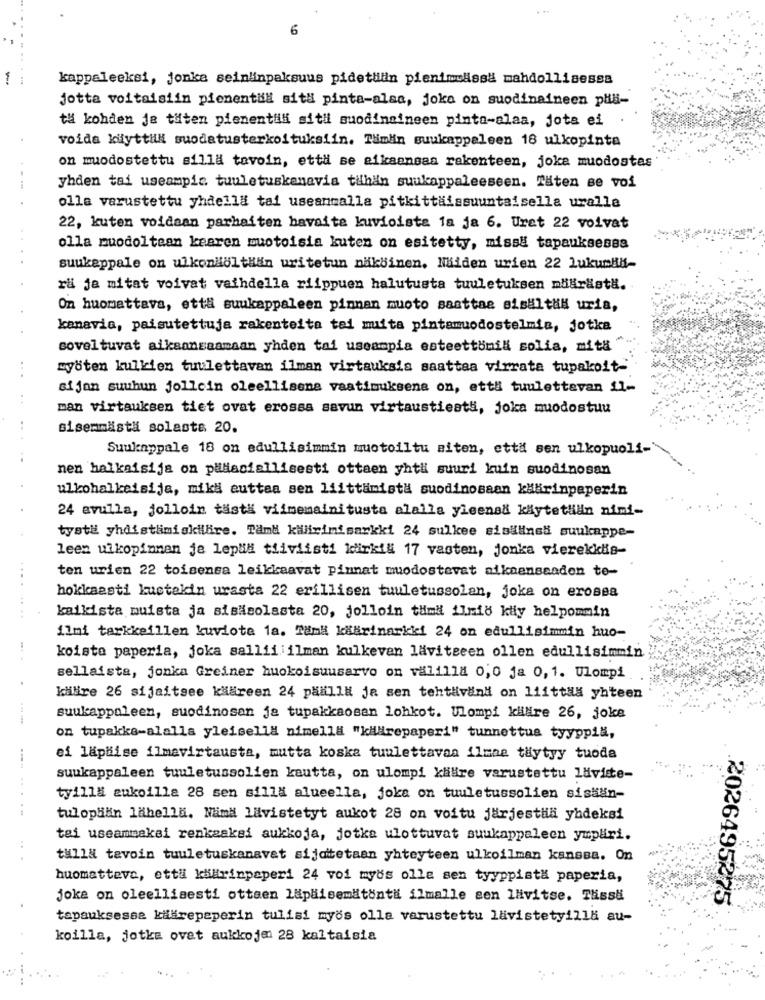
6
kappaleeksi, jonka seinlinpaksuus pidetulin pienimässä mahdollisessa
jotta voitaisiin pienentali situ pinta-alsa, joka on suodinaineen phi-
tä kohden ja tuten pienentilli siti suodinaineen pinto-alaa, jota ei
voida kuyttill suodatusterkoltuksiin. Täimiin suukappaleen 18 ulkopinta
on muodostettu silla tavoin, että se aikaansas rakenteen, joka muodostes
yhden tai useampic tuuletuskemavia tilhän suukappaleeseen. Täten se voi
olla varustettu yhdella tai useanmalla pitkittäissuuntaisella uralle
22, kuten voidaan parhaiten havaite kuvioiste la ja 6. Uret 22 voivat
olla muodoltean kearen muotoisia kuten on esitetty, missä tapauksessa
suukeppale on ulkondolthan uritetun nakbinen, Maiden urien 22 LukumHill-
ra ja mitat voivat vaihdella riippuen halutusta tuuletuksen niärdata.
On huomattava, ett# suukappaleen pinnan muoto sasttae sisaltil uria,
kenavia, paisutettuja rakenteita tel muita pintamuodostelmis, jotka
soveltuvat aiksansaamaan yhden tai useampia esteettonili solia, mith
...
myöten kulkien tuulettavan ilman virtauksis saattaa virrata tupakolt-
si jon suuhun jollein oleellisena vaatimuksena on, ett# tuulettevan 11-
man virtauksen tiet ovat erossa savun virtaustieatt, joka muodostuu
..
sisemmasta solasta 20.
Suuknypale 18 on edullisimmin muotoiltu miten, etta sen ulkopuoli-
nen halkaisija on palaciallisesti ottaen yhti suuri kuin suodinosan
ulkohalkeisija, miks auttea sen liittimista suodinosaan käärinpeperin
24 avulla, jolloin tästä viimemainitusta alalla yicenal käytetlän nimi-
tysta yhdistlimiskilbire. Tamd killirinisarkki 24 sulkee sisäline" suukappe-
leen ulkopinnan ja lepši tiiviisti kirkil 17 vasten, jonka vierekkis-
ten urien 22 toisensa leikkaavat pinnat muodostevat aikaensandon te-
hokkaasti kuctekin urasta 22 erillisen tuuletussolan, joka on erosea
.. ....
kaikista muista ja sisäsolasta 20, jolloin tima ilmio kily helpommin
11mi tarkkeillen kuviote la. Tamä kiärinarkki 24 on edullisimmin huo-
koista paperia, joka sallii ilman kulkeven läviteeen ollen edullisimmin
sellaista, jonka Greiner huokoisuusarvo on valilla 0,0 ja 0,1. Ulompi
kuilire 26 sijaitsee kääreen 24 paille je sen tehtivand on liittia yhteen
suukappoleen, suodinosan ja tupakkaosan lohkot. Ulompi klidire 26, joka
on tupakke-alalla yleisella nimella "kiarepaperi" tunnettua tyyppia,
ei laphise ilmavirtausta, mutta koska tunlettavaa ilmaa tiytyy tuoda
suukappaleen tuuletussolien kautta, on ulompi kaHire varustettu laviste-
tyilla zukoilla 28 sen silla alueella, joka on tuuletussolien sistan-
...
tulophan lahella. Naima lavistetyt aukot 28 on voitu järjestil yadeksi
tai useammakai renkaaksi aukkoja, jotka ulottuvat suukappaleen yupäri.
talla tavoin tuuletuskanavat sijatetaan yhteyteen ulkoilman kanssa. On
huomatteve, että käarinpaperi 24 voi myds olle sen tyyppista paperia,
joke on oleellisesti ottaen lapäisemitonta ilmalle sen llivitse. Thissi
2026495275
tapauksessa kälärepeperin tulisi myös olla varustettu lavistetyilla au-
koilla, jotka ovat aukkoje 28 kaltaisia